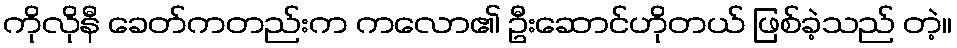
ကိုလိုနီ ခေတ်ကတည်းက ကလော၏ ဦးဆောင်ဟိုတယ် ဖြစ်ခဲ့သည် တဲ့။